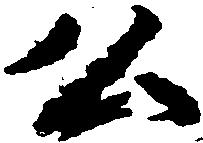
公